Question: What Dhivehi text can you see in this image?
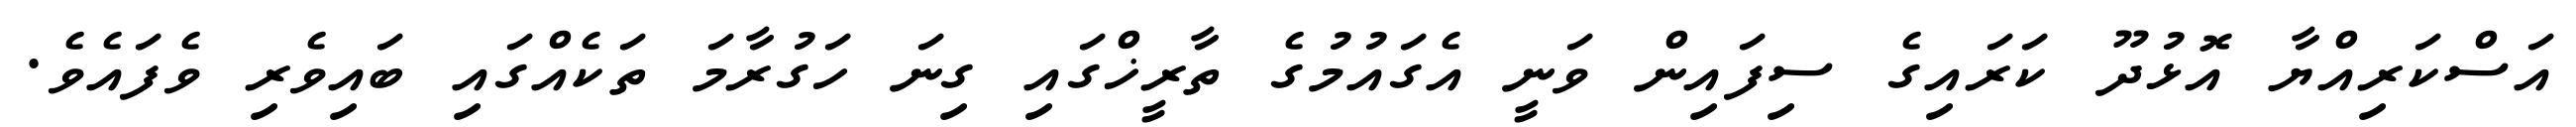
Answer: އަސްކަރިއްޔާ އޮޅުދޫ ކަރައިގެ ސިފައިން ވަނީ އެގައުމުގެ ތާރީޚްގައި ގިނަ ހަގުރާމަ ތަކެއްގައި ބައިވެރި ވެފައެވެ.